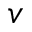
v